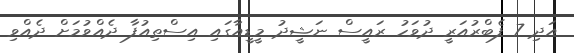
އަދި 7 ފެބްރުއަރީ ދުވަހު ރައީސް ނަޝީދު މީޑީއާގައި އިސްތިއުފާ ދެއްވުމަށް ދެއްވި